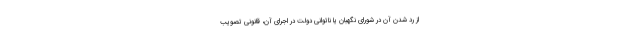
از رد شدن آن در شورای نگهبان یا ناتوانی دولت در اجرای آن، قانونی تصویب